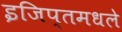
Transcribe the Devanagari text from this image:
इजिप्तमधले